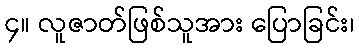
၄။ လူဇာတ်ဖြစ်သူအား ပြောခြင်း၊